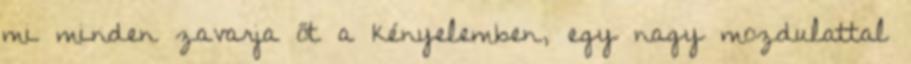
mi minden zavarja őt a kényelemben, egy nagy mozdulattal